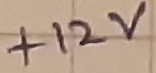
Text: +12V